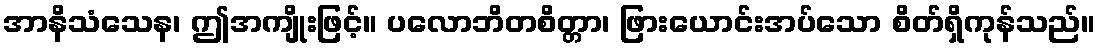
အာနိသံသေန၊ ဤအကျိုးဖြင့်။ ပလောဘိတစိတ္တာ၊ ဖြားယောင်းအပ်သော စိတ်ရှိကုန်သည်။